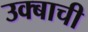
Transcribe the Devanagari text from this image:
उक्बाची